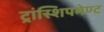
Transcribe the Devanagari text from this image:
ट्रांस्शिपमेण्ट